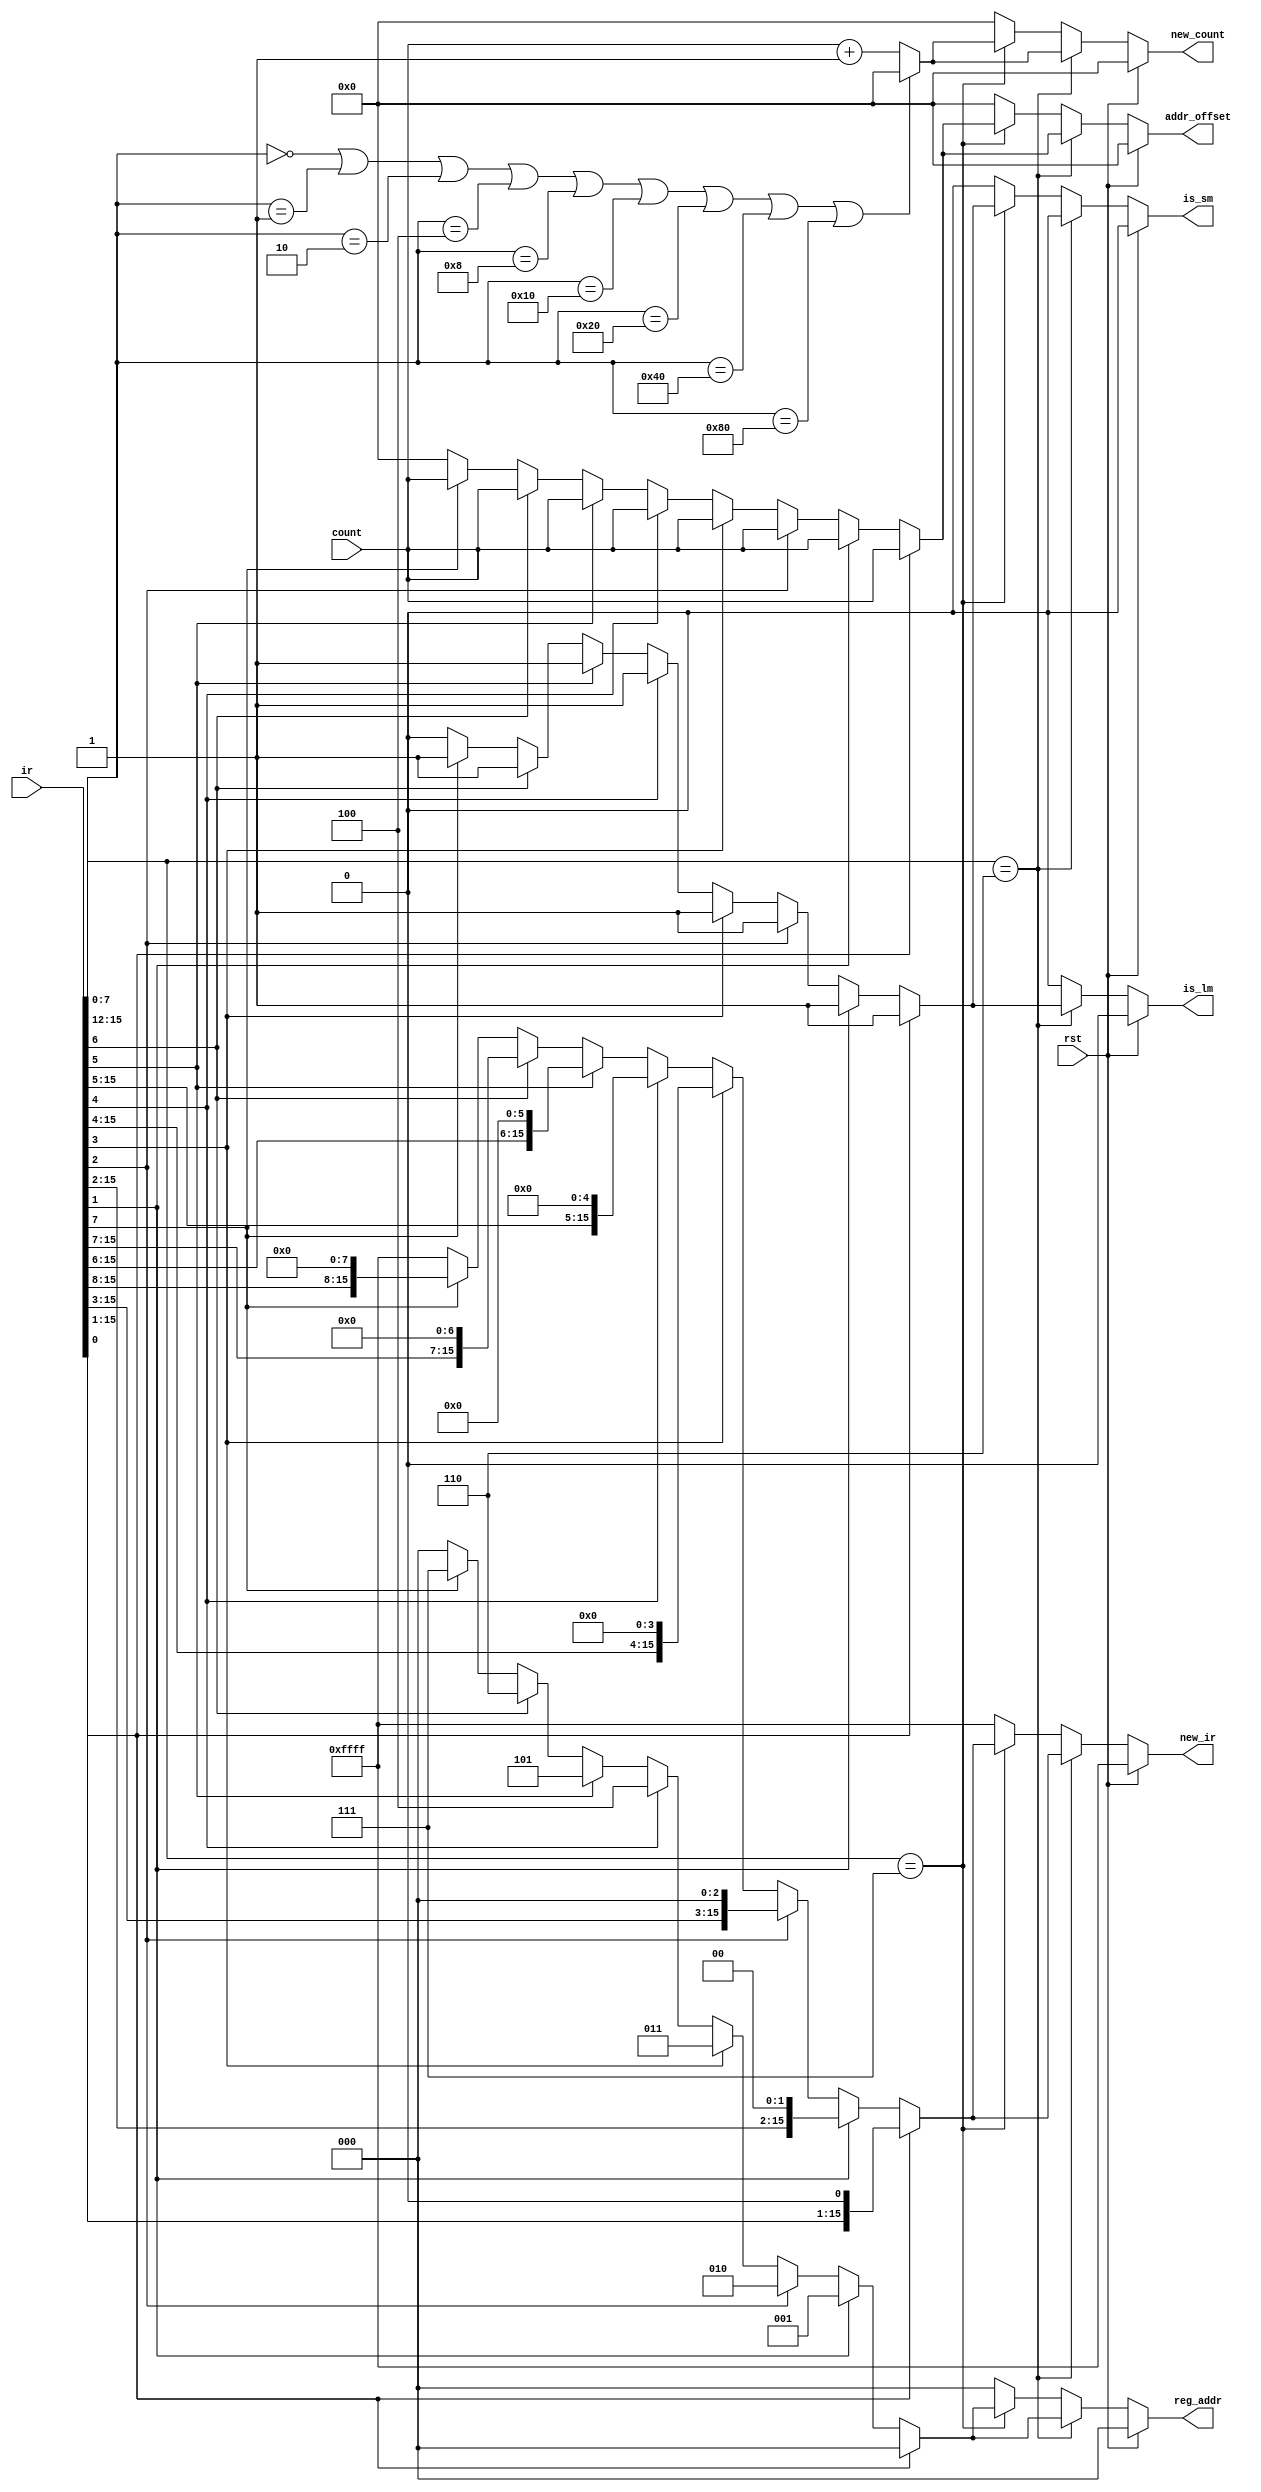
module LM_SM_control (ir,rst,count,is_lm,is_sm,reg_addr,new_ir,addr_offset,new_count);

input [15:0] ir,count;
input rst;
output reg is_lm,is_sm;
output reg [15:0] new_ir,addr_offset,new_count;
output reg [2:0] reg_addr;

always @(ir)
begin
if(rst)
begin
is_lm = 0;
is_sm = 0;
reg_addr = 3'b000;		
addr_offset = 16'h0000;
new_ir = 16'hffff;  
new_count = 16'h0000; 

end

else if(ir[15:12] == 4'b0110)		// is_lm
begin
is_sm = 0;

if( ir[0] )
begin
is_lm = 1;
reg_addr = 3'b000;		// i.e. wr_add for reg_bank		
addr_offset = count;
//new_count = count+1;
new_ir = {ir[15:1],1'b0};   

end

else if( ir[1] )
begin
is_lm = 1;
reg_addr = 3'b001;		
addr_offset = count;
//new_count = count+1;
new_ir = {ir[15:2],2'b00}; 

end

else if( ir[2] )
begin
is_lm = 1;
reg_addr = 3'b010;		
addr_offset = count;
//new_count = count+1;
new_ir = {ir[15:3],3'b000}; 

end
else if( ir[3] )
begin
is_lm = 1;
reg_addr = 3'b011;		
addr_offset = count;
//new_count = count+1;
new_ir = {ir[15:4],4'b0000}; 

end
else if( ir[4] )
begin
is_lm = 1;
reg_addr = 3'b100;		
addr_offset = count;
//new_count = count+1;
new_ir = {ir[15:5],5'b00000}; 

end
else if( ir[5] )
begin
is_lm = 1;
reg_addr = 3'b101;		
addr_offset = count;
//new_count = count+1;
new_ir = {ir[15:6],6'b000000}; 

end
else if( ir[6] )
begin
is_lm = 1;
reg_addr = 3'b110;		
addr_offset = count;
//new_count = count+1;
new_ir = {ir[15:7],7'b0000000}; 

end
else if( ir[7] )
begin
is_lm = 1;
reg_addr = 3'b111;		
addr_offset = count;
//new_count = count+1;
new_ir = {ir[15:8],8'b00000000}; 

end

else
begin
is_lm = 0;
reg_addr = 3'b000;		
addr_offset = 16'h0000;
new_ir = 16'hffff; 
//new_count = 16'h0000; 

end

if( (ir[7:0] == 0) ||(ir[7:0] == 1) || (ir[7:0] == 2) || (ir[7:0] == 4) || (ir[7:0] == 8) || (ir[7:0] == 16) || (ir[7:0] == 32) || (ir[7:0] == 64) || (ir[7:0] == 128) )
new_count = 16'h0000;

else
new_count = count + 1;

end

else if(ir[15:12] == 4'b0111)		// is_sm
begin
is_lm = 0;

if( ir[0] )
begin
is_sm = 1;
reg_addr = 3'b000;		// read from this register ( send to rd_add_1 )		
addr_offset = count;
//new_count = count+1;
new_ir = {ir[15:1],1'b0};   

end 

else if( ir[1] )
begin
is_sm = 1;
reg_addr = 3'b001;		
addr_offset = count;
//new_count = count+1;
new_ir = {ir[15:2],2'b00}; 

end

else if( ir[2] )
begin
is_sm = 1;
reg_addr = 3'b010;		
addr_offset = count;
//new_count = count+1;
new_ir = {ir[15:3],3'b000}; 

end
else if( ir[3] )
begin
is_sm = 1;
reg_addr = 3'b011;		
addr_offset = count;
//new_count = count+1;
new_ir = {ir[15:4],4'b0000}; 

end
else if( ir[4] )
begin
is_sm = 1;
reg_addr = 3'b100;		
addr_offset = count;
//new_count = count+1;
new_ir = {ir[15:5],5'b00000}; 

end
else if( ir[5] )
begin
is_sm = 1;
reg_addr = 3'b101;		
addr_offset = count;
//new_count = count+1;
new_ir = {ir[15:6],6'b000000}; 

end
else if( ir[6] )
begin
is_sm = 1;
reg_addr = 3'b110;		
addr_offset = count;
//new_count = count+1;
new_ir = {ir[15:7],7'b0000000}; 

end
else if( ir[7] )
begin
is_sm = 1;
reg_addr = 3'b111;		
addr_offset = count;
//new_count = count+1;
new_ir = {ir[15:8],8'b00000000}; 

end

else
begin
is_sm = 0;
reg_addr = 3'b000;		
addr_offset = 16'h0000;
new_ir = 16'hffff; 
//new_count = 16'h0000; 

end

if( (ir[7:0] == 0) ||(ir[7:0] == 1) || (ir[7:0] == 2) || (ir[7:0] == 4) || (ir[7:0] == 8) || (ir[7:0] == 16) || (ir[7:0] == 32) || (ir[7:0] == 64) || (ir[7:0] == 128) )
new_count = 16'h0000;

else
new_count = count + 1;

end 

else		// neither lm nor sm
begin
is_lm = 0;
is_sm = 0;
reg_addr = 3'b000;		
addr_offset = 16'h0000;
new_ir = 16'hffff; 
new_count = 16'h0000;  

end

end

endmodule